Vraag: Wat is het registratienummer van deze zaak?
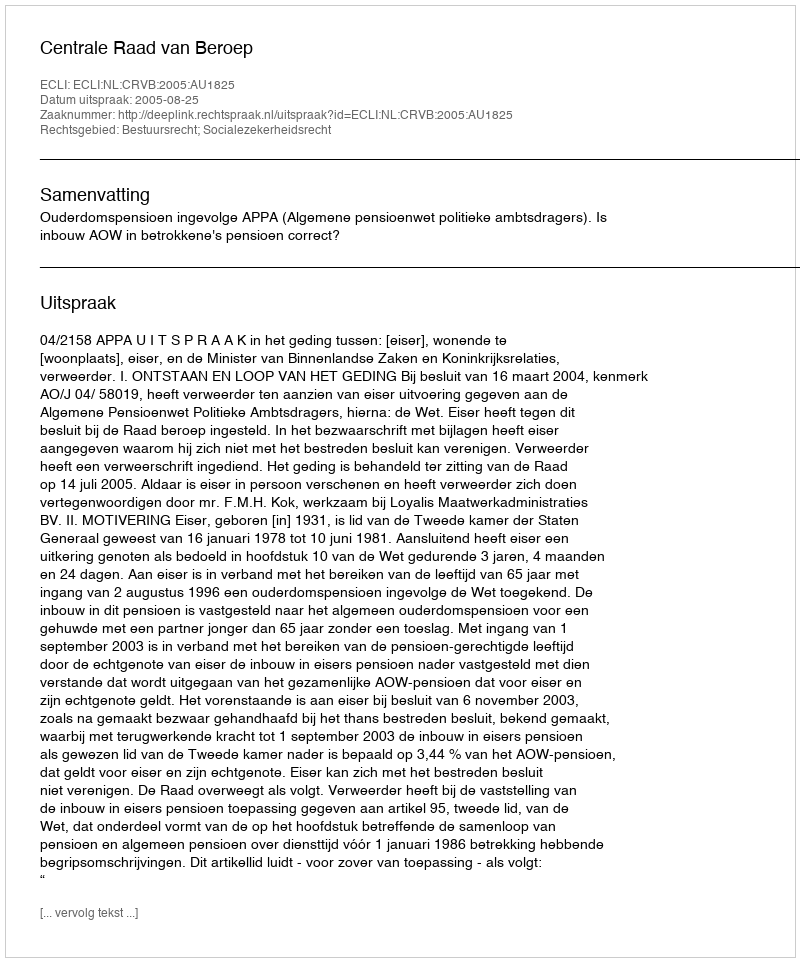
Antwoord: http://deeplink.rechtspraak.nl/uitspraak?id=ECLI:NL:CRVB:2005:AU1825